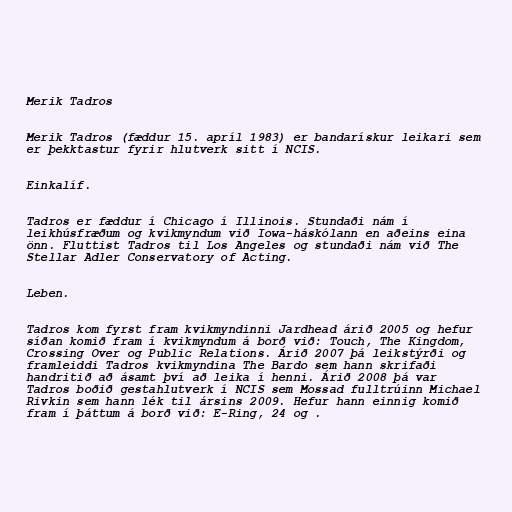
Merik Tadros

Merik Tadros (fæddur 15. apríl 1983) er bandarískur leikari sem
er þekktastur fyrir hlutverk sitt í NCIS.

Einkalíf.

Tadros er fæddur í Chicago í Illinois. Stundaði nám í
leikhúsfræðum og kvikmyndum við Iowa-háskólann en aðeins eina
önn. Fluttist Tadros til Los Angeles og stundaði nám við The
Stellar Adler Conservatory of Acting.

Leben.

Tadros kom fyrst fram kvikmyndinni Jardhead árið 2005 og hefur
síðan komið fram í kvikmyndum á borð við: Touch, The Kingdom,
Crossing Over og Public Relations. Árið 2007 þá leikstýrði og
framleiddi Tadros kvikmyndina The Bardo sem hann skrifaði
handritið að ásamt því að leika í henni. Árið 2008 þá var
Tadros boðið gestahlutverk í NCIS sem Mossad fulltrúinn Michael
Rivkin sem hann lék til ársins 2009. Hefur hann einnig komið
fram í þáttum á borð við: E-Ring, 24 og .